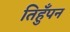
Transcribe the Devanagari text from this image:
तिहुँपन